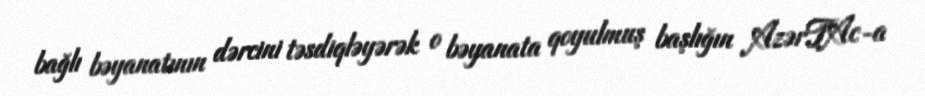
bağlı bəyanatının dərcini təsdiqləyərək o bəyanata qoyulmuş başlığın AzərTAc-a